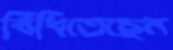
বিঁধিতেছেন